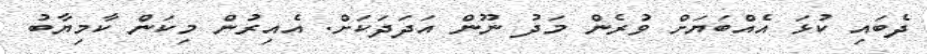
ދެބައި ކުޅަ އެއްބަޔަށް ވުރެން މަދު ނޫން އަދަދަކަށް. އެއިރުން މިކަން ކާމިޔާބު